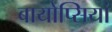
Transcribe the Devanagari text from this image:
बायोप्सियां